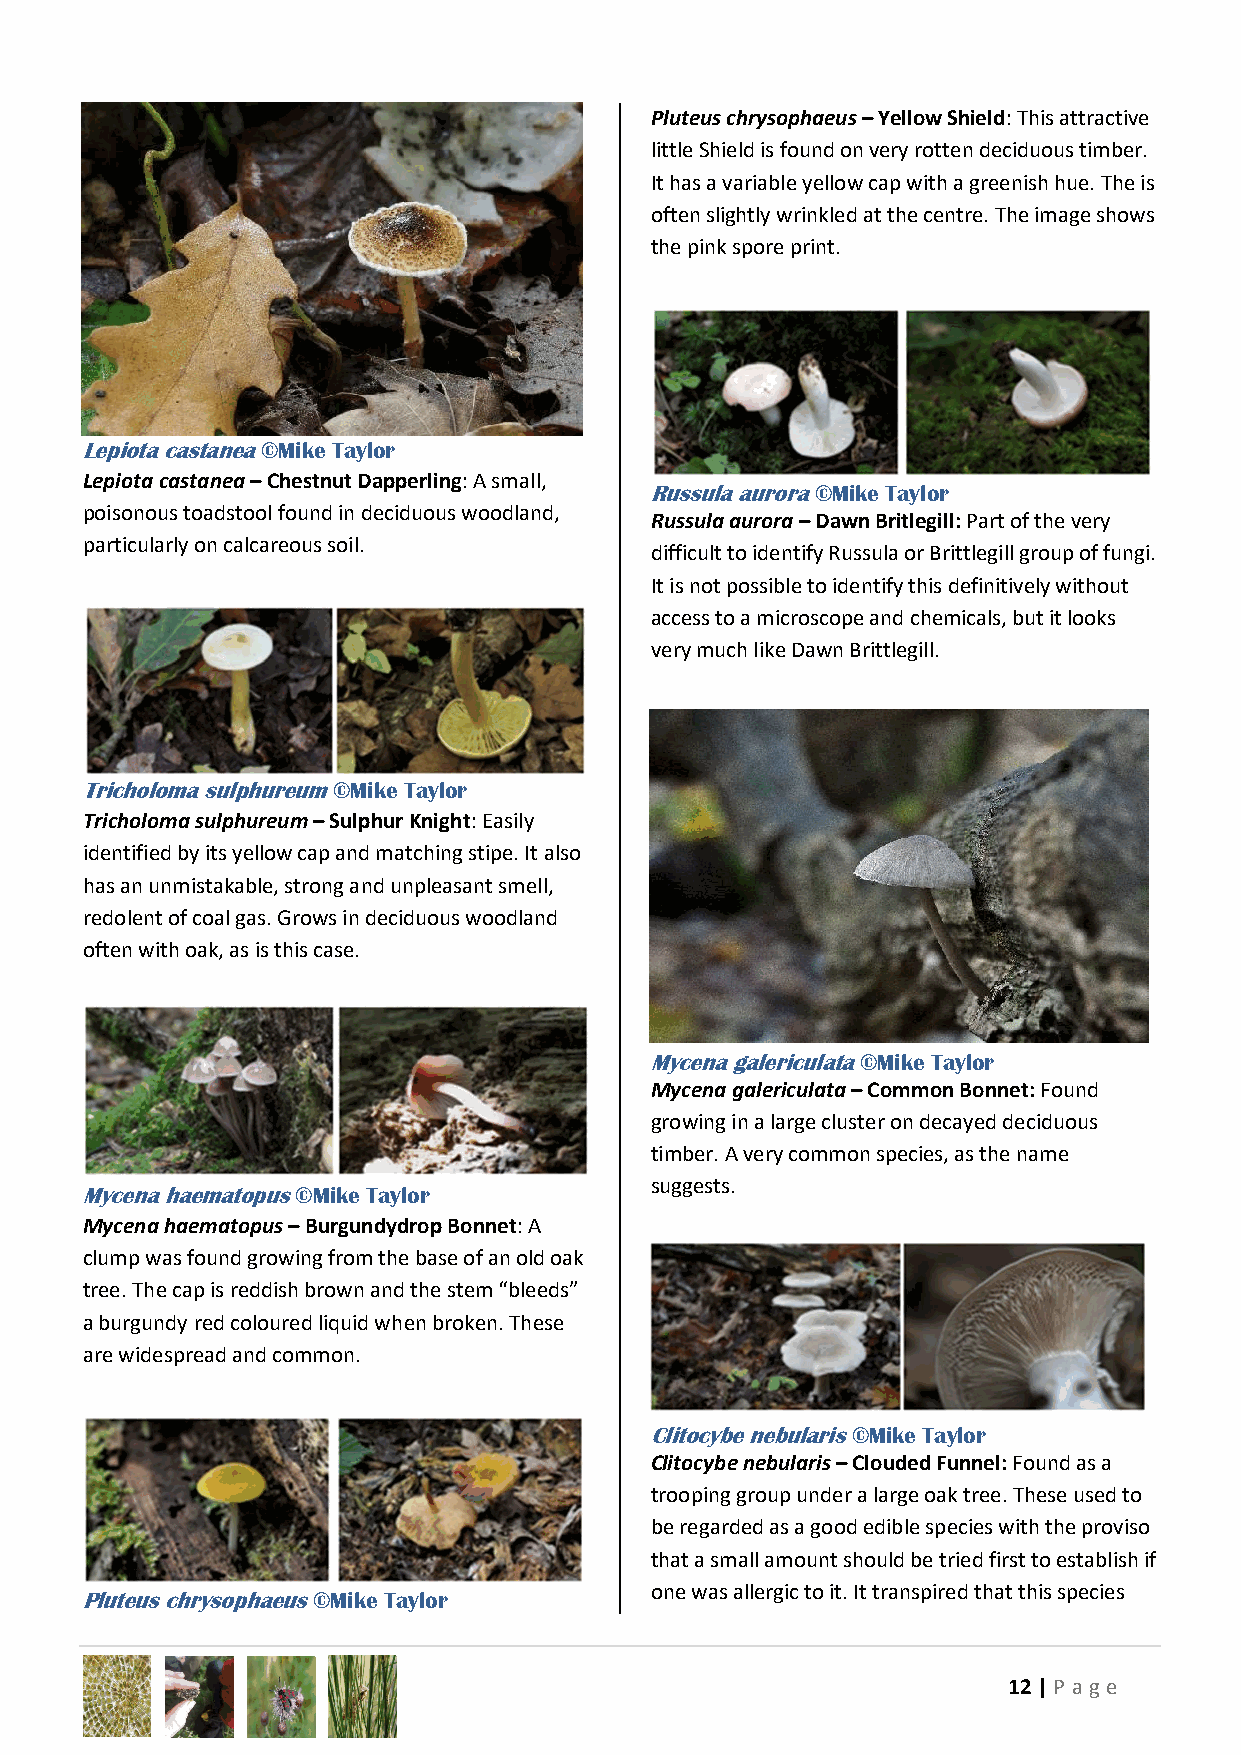
Pluteus chrysophaeus – Yellow Shield: This attractive
 little Shield is found on very rotten deciduous timber.
 It has a variable yellow cap with a greenish hue. The is
 often slightly wrinkled at the centre. The image shows
 the pink spore print.
 Lepiota castanea ©Mike Taylor
 Lepiota castanea – Chestnut Dapperling: A small,
 Russula aurora ©Mike Taylor
 poisonous toadstool found in deciduous woodland,
 Russula aurora – Dawn Britlegill: Part of the very
 particularly on calcareous soil.
 difficult to identify Russula or Brittlegill group of fungi.
 It is not possible to identify this definitively without
 access to a microscope and chemicals, but it looks
 very much like Dawn Brittlegill.
 Tricholoma sulphureum ©Mike Taylor
 Tricholoma sulphureum – Sulphur Knight: Easily
 identified by its yellow cap and matching stipe. It also
 has an unmistakable, strong and unpleasant smell,
 redolent of coal gas. Grows in deciduous woodland
 often with oak, as is this case.
 Mycena galericulata ©Mike Taylor
 Mycena galericulata – Common Bonnet: Found
 growing in a large cluster on decayed deciduous
 timber. A very common species, as the name
 suggests.
 Mycena haematopus ©Mike Taylor
 Mycena haematopus – Burgundydrop Bonnet: A
 clump was found growing from the base of an old oak
 tree. The cap is reddish brown and the stem “bleeds”
 a burgundy red coloured liquid when broken. These
 are widespread and common.
 Clitocybe nebularis ©Mike Taylor
 Clitocybe nebularis – Clouded Funnel: Found as a
 trooping group under a large oak tree. These used to
 be regarded as a good edible species with the proviso
 that a small amount should be tried first to establish if
 one was allergic to it. It transpired that this species
 Pluteus chrysophaeus ©Mike Taylor
 12 | P age